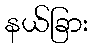
နယ်ခြား